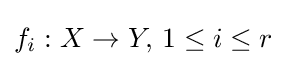
f_{i}:X\to Y,\,1\leq i\leq r